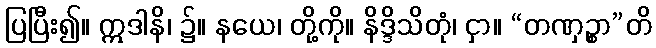
ပြပြီး၍။ ဣဒါနိ၊ ၌။ နယေ၊ တို့ကို။ နိဒ္ဒိသိတုံ၊ ငှာ။ “တဏှဉ္စာ”တိ